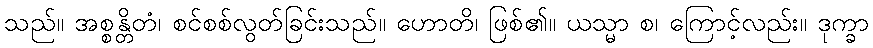
သည်။ အစ္စန္တိတံ၊ စင်စစ်လွတ်ခြင်းသည်။ ဟောတိ၊ ဖြစ်၏။ ယသ္မာ စ၊ ကြောင့်လည်း။ ဒုက္ခာ